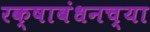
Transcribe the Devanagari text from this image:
रक्षाबंधनच्या